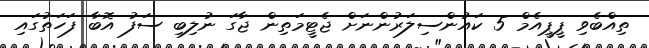
ތިއްބެވި ޕީޕީއެމް 5 ކައުންސިލަރުންނަށް ޖެޓީމަތިން ޖާގަ ނުލިބި ސަފު އޮބާާ ފަހަތުގައި